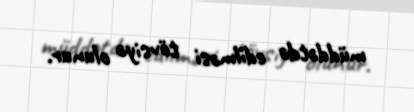
müddətdə edilməsi tövsiyə olunur.